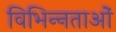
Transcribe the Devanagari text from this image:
विभिन्‍नताओं